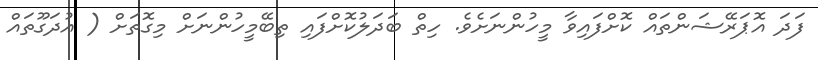
ފަދަ އޮޕަރޭޝަންތައް ކޮށްފައިވާ މީހުންނަށެވެ. ހިތް ބަދަލުކޮށްފައި ތިބޭމީހުންނަށް މިގޮތަށް ( އުދަގޫތައް